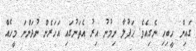
ގައިން ހީބިހި ނެގިއެވެ. ޙަފުލާ ނިމުނު އިރު އެތަނުގައި އަހަރެން ނުދަންނަ މީހެއް